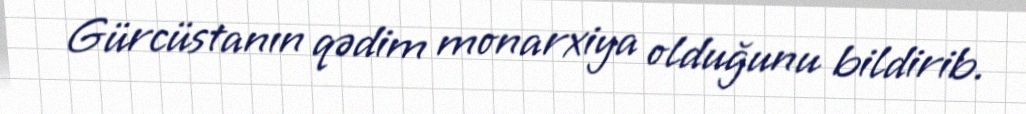
Gürcüstanın qədim monarxiya olduğunu bildirib.